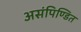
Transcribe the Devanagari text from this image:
असंपिण्डित